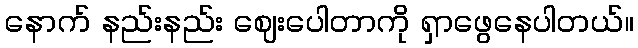
နောက် နည်းနည်း ဈေးပေါတာကို ရှာဖွေနေပါတယ်။